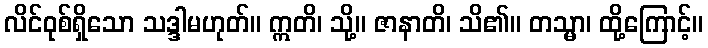
လိင်ဝုစ်ရှိသော သဒ္ဒါမဟုတ်။ ဣတိ၊ သို့။ ဇာနာတိ၊ သိ၏။ တသ္မာ၊ ထို့ကြောင့်။